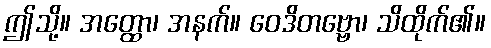
ဤသို့။ အတ္ထော၊ အနက်။ ဝေဒိတဗ္ဗော၊ သိထိုက်၏။